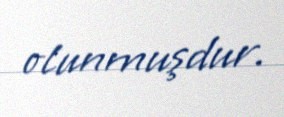
olunmuşdur.